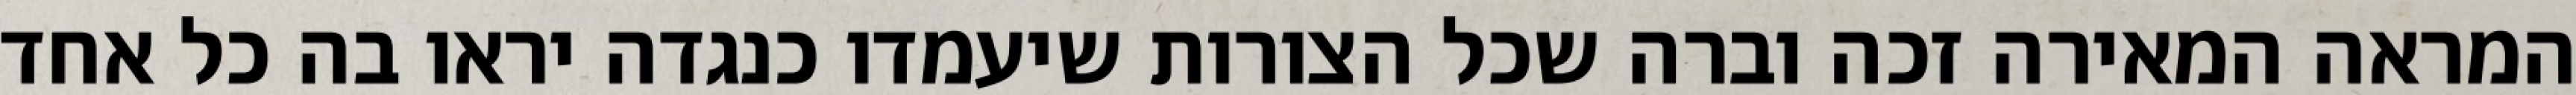
המראה המאירה זכה וברה שכל הצורות שיעמדו כנגדה יראו בה כל אחד